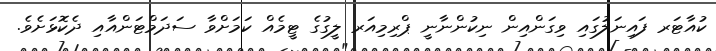
ކުއާޓަރ ފައިނަލުގައި ވިގަންއިން ނިކުންނާނީ ޕްރިމިއަރ ލީގުގެ ޓީމެއް ކަމަށްވާ ސަދަމްޓަންއާއި ދެކޮޅަށެވެ.